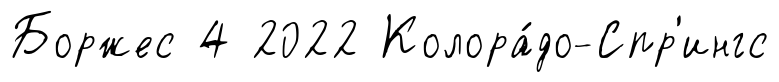
Боржес 4 2022 Колора́до-Спр'ингс